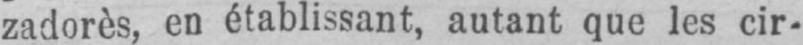
zadorès, en établissant, autant que les cir-